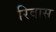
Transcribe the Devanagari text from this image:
रिवास